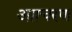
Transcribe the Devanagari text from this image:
आाचरण